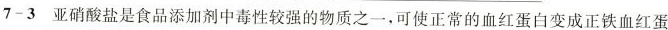
7-3亚硝酸盐是食品添加剂中毒性较强的物质之一，可使正常的血红蛋白变成正铁血红蛋